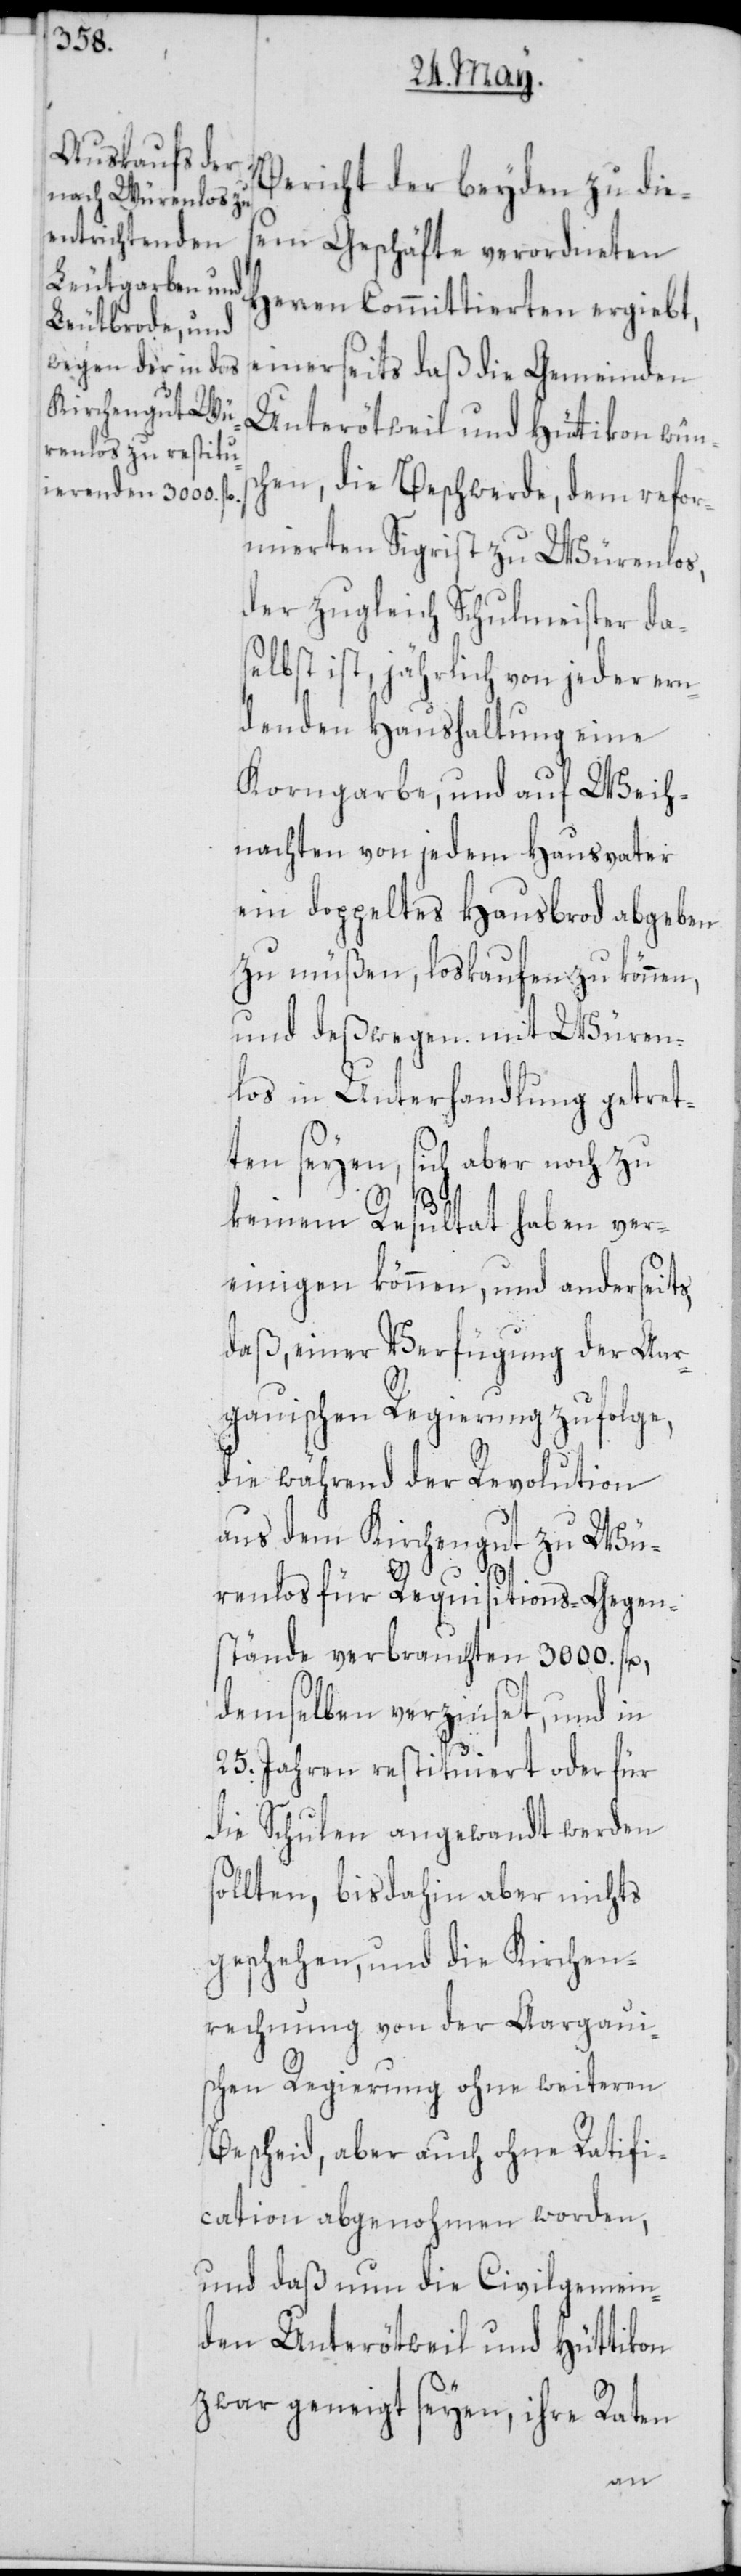
Bericht der beyden zu die¬
sem Geschäfte verordneten
Herren Committierten ergiebt,
einerseits daß die Gemeinden
Unterötweil und Hüttikon wüns¬
chen, die Beschwerde, dem refor¬
mierten Sigrist zu Würenlos,
der zugleich Schulmeister das¬
elbst ist, jährlich von jeder ern¬
denden Haushaltung eine
Korngarbe, und auf Weih¬
nachten von jedem Hausvater
ein doppeltes Hausbrod abgeben
zu müßen, loskaufen zu können,
und deßwegen mit Würen¬
los in Unterhandlung getret¬
ten seyen, sich aber noch zu
keinem Resultat haben ver¬
einigen können, und anderseits,
daß, einer Verfügung der Aar¬
gauischen Regierung zufolge,
die während der Revolution
aus dem Kirchengut zu Wü¬
renlos für Requisitions-Gegen¬
stände verbrauchten 3000. fl.,
demselben verzinset, und in
25. Jahren restituiert oder für
die Schulen angewandt werden
sollten, bisdahin aber nichts
geschehen, und die Kirchen¬
rechnung von der Aargaui¬
schen Regierung ohne weiteren
Bescheid, aber auch ohne Ratifi¬
cation abgenohmen worden,
und daß nun die Civilgemein¬
den Unterötweil und Hüttikon
zwar geneigt seyen, ihre Raten